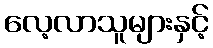
လေ့လာသူများနှင့်